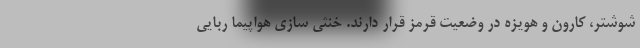
شوشتر، کارون و هویزه در وضعیت قرمز قرار دارند. خنثی سازی هواپیما ربایی